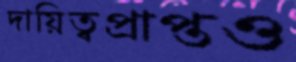
দায়িত্বপ্রাপ্তও